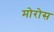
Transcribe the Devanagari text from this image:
मोरोस